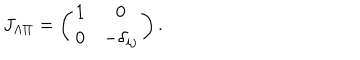
LaTeX: J _ { \Lambda \Pi } = \left( \begin{matrix} { { 1 } } & { { 0 } } \\ { { 0 } } & { { - \delta _ { i j } } } \\ \end{matrix} \right) .